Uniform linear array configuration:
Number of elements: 48
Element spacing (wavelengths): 0.5
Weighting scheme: exponential
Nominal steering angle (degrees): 60
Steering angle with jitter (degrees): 60.761
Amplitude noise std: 0.05
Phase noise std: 0.05

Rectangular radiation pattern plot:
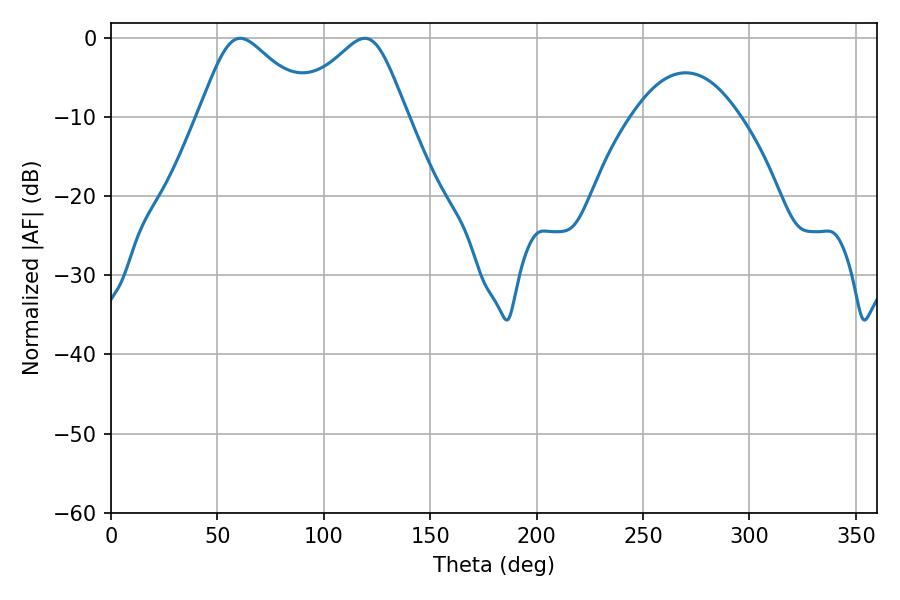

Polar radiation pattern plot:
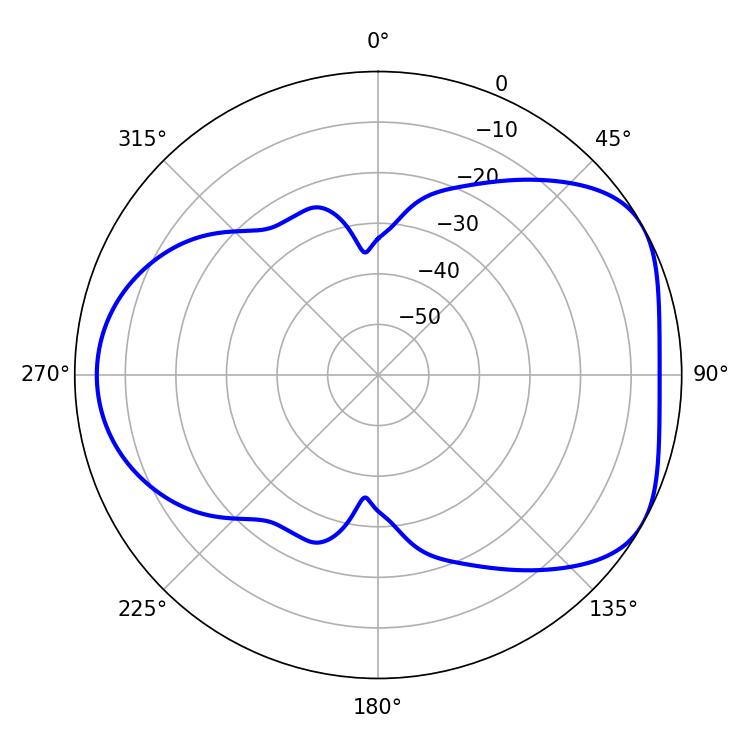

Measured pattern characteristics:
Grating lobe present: FALSE
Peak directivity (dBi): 4.843
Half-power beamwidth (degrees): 26.46
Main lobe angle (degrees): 60.66